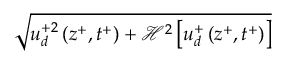
\sqrt { u _ { d } ^ { + 2 } \left( z ^ { + } , t ^ { + } \right) + \mathcal { H } ^ { 2 } \left[ u _ { d } ^ { + } \left( z ^ { + } , t ^ { + } \right) \right] }